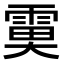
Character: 𩃙